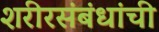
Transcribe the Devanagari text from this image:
शरीरसंबंधांची